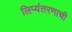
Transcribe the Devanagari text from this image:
लिप्यंतरणाची